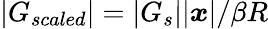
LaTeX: |G_{scaled}|=|G_{s}||\boldsymbol{x}|/\beta R